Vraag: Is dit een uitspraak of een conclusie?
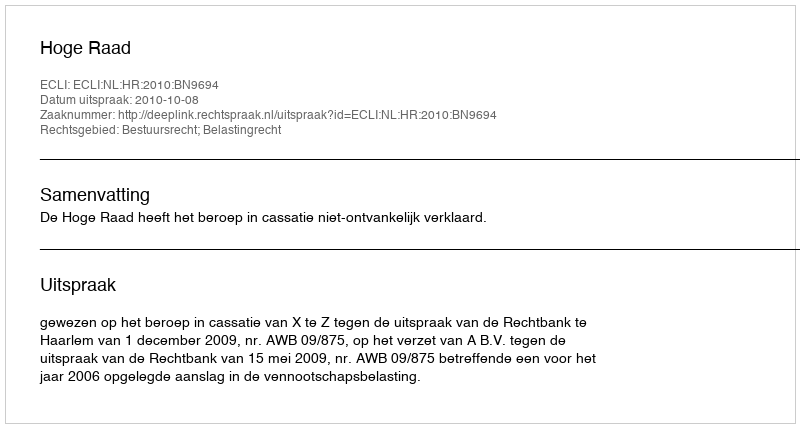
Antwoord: Uitspraak